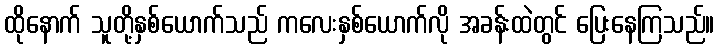
ထိုနောက် သူတို့နှစ်ယောက်သည် ကလေးနှစ်ယောက်လို အခန်းထဲတွင် ပြေးနေကြသည်။